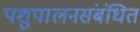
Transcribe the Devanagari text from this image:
पशुपालनसंबंधित